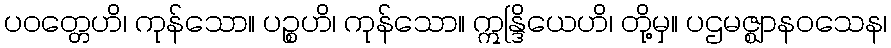
ပဝတ္တေဟိ၊ ကုန်သော။ ပဉ္စဟိ၊ ကုန်သော။ ဣန္ဒြိယေဟိ၊ တို့မှ။ ပဌမဇ္ဈာနဝသေန၊